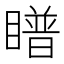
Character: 𪾿